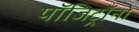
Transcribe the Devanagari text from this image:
पॉजिट्रॉनों